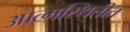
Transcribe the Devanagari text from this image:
आत्मस्थितीत